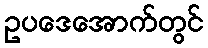
ဥပဒေအောက်တွင်